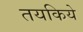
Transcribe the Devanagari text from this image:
तयकिये